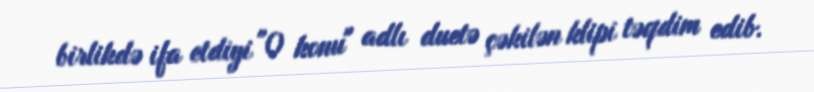
birlikdə ifa etdiyi "O konu" adlı duetə çəkilən klipi təqdim edib.